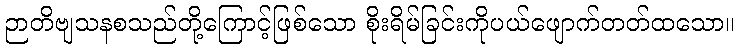
ဉာတိဗျသနစသည်တို့ကြောင့်ဖြစ်သော စိုးရိမ်ခြင်းကိုပယ်ဖျောက်တတ်ထသော။